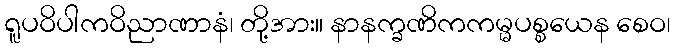
ရူပဝိပါကဝိညာဏာနံ၊ တို့အား။ နာနက္ခဏိကကမ္မပစ္စယေန စေဝ၊